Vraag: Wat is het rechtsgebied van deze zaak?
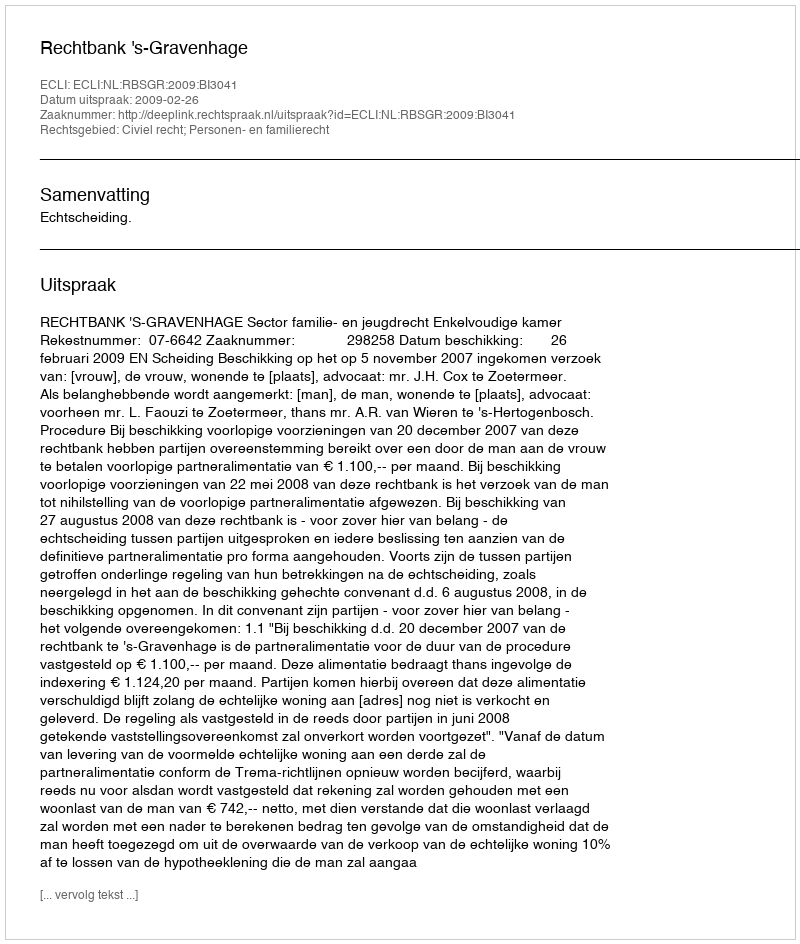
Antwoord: Civiel recht; Personen- en familierecht